Document type: Testament
Year: 1300
Scribe: Bonanat d'Esparreguera
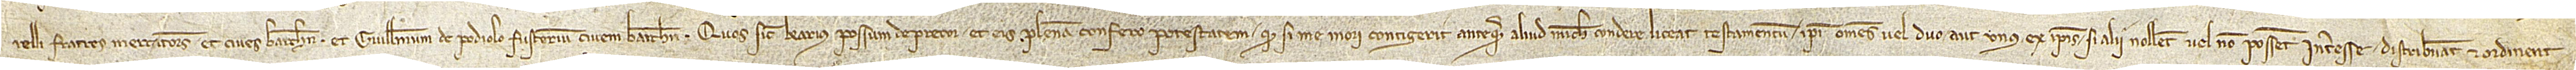
relli, fratres, mercatores et cives Barchinone, et Guillelmum de Podiolo, fusterium, civem Barchinone, quos sicut karius possum deprecor et eis plenam confero potestatem quod, si me mori contigerit antequam aliud michi condere liceat testamentum, ipsi omnes vel duo aut unus ex ipsis, si alii nollent vel non possent interesse, distribuant et ordinent